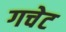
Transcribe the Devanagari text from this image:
गचेट